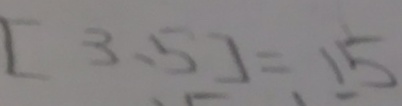
[ 3 , 5 ] = 1 5